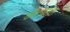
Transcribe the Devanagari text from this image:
छोटयाशा